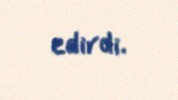
edirdi.